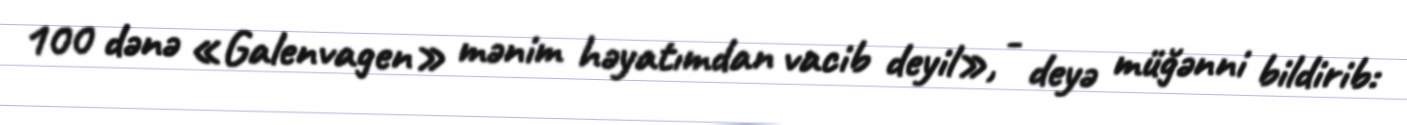
100 dənə «Galenvagen» mənim həyatımdan vacib deyil», - deyə müğənni bildirib: